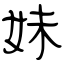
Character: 妹